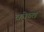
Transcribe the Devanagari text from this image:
कोब्त